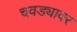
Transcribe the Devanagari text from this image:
चवड्यावर